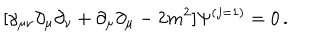
[ \gamma _ { \mu \nu } \partial _ { \mu } \partial _ { \nu } + \partial _ { \mu } \partial _ { \mu } - 2 m ^ { 2 } ] \Psi ^ { ( j = 1 ) } = 0 \, .